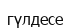
гүлдесе